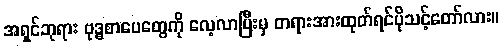
အရှင်ဘုရား ဗုဒ္ဓစာပေတွေကို လေ့လာပြီးမှ တရားအားထုတ်ရင်ပိုသင့်တော်လား။